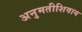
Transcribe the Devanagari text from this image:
अनुमतीशिवाय